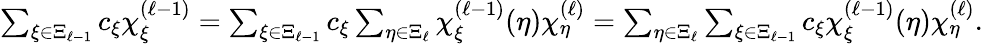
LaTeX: \begin{array}{r}{\sum_{\xi\in\Xi_{\ell-1}}c_{\xi}\chi_{\xi}^{(\ell-1)}=\sum_{\xi\in\Xi_{\ell-1}}c_{\xi}\sum_{\eta\in\Xi_{\ell}}\chi_{\xi}^{(\ell-1)}(\eta)\chi_{\eta}^{(\ell)}=\sum_{\eta\in\Xi_{\ell}}\sum_{\xi\in\Xi_{\ell-1}}c_{\xi}\chi_{\xi}^{(\ell-1)}(\eta)\chi_{\eta}^{(\ell)}.}\end{array}